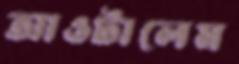
আওটালেম